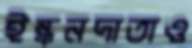
ইন্ধনদাতাও